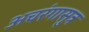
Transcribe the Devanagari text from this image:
अचरंगासुत्र